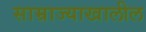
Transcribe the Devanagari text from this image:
साम्राज्याखालील